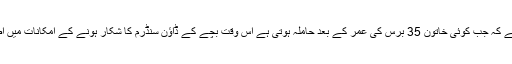
ماہرین کا کہنا ہے کہ جب کوئی خاتون 35 برس کی عمر کے بعد حاملہ ہوتی ہے اس وقت بچے کے ڈاؤن سنڈرم کا شکار ہونے کے امکانات میں اضافہ ہوجاتا ہے۔